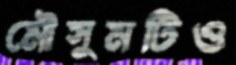
মৌসুমটিও